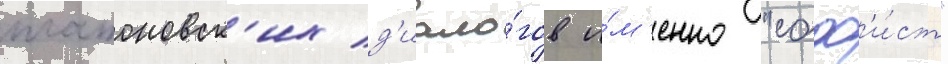
платоновск'их д'иало́гов и́м'енно "соф'и́ст"